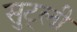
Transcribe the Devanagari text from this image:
सुट्ली